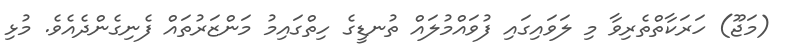
(މަޖޫ) ހަރަކާތްތެރިވާ މި ލަވައިގައި ފުވައްމުލައް ތުނޑީގެ ހިތްގައިމު މަންޒަރުތައް ފެނިގެންދެއެވެ. މުޅި